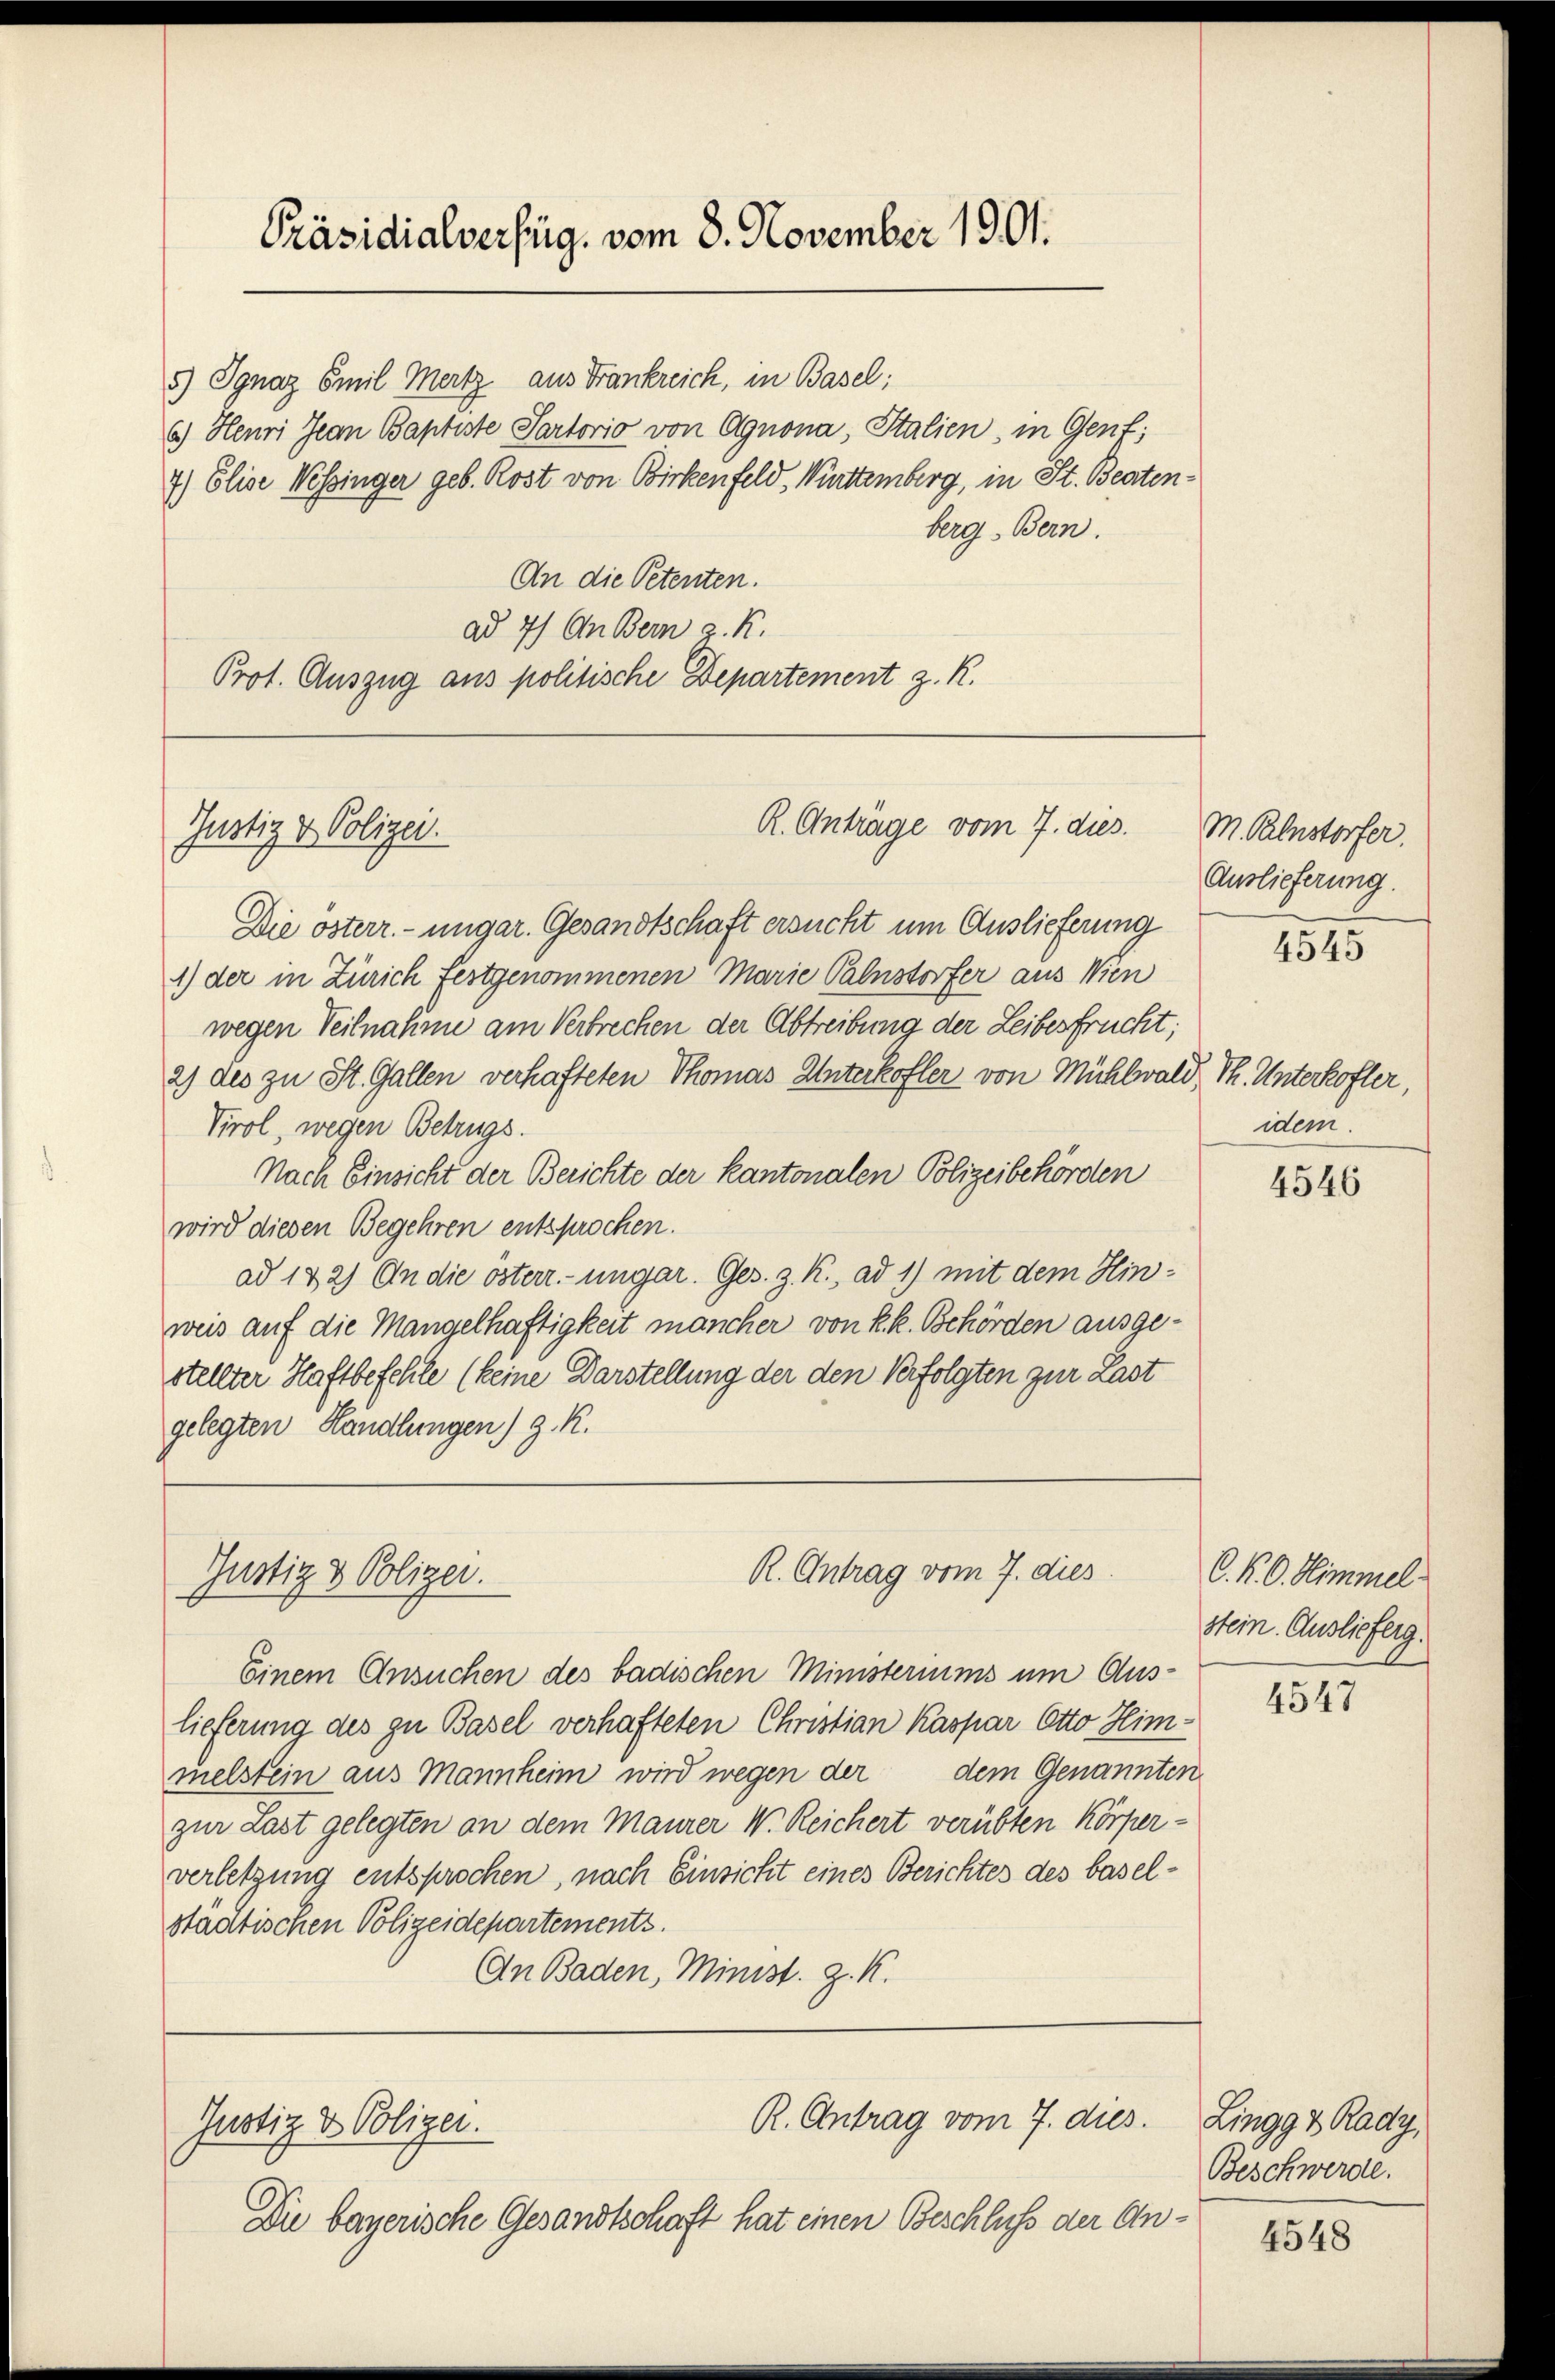
Präsidialverfüg, vom 8. November 1901.

5) Ignaz Emil Mertz aus Frankreich, in Basel;
6.) Heuri Jean Baptiste Partorio von Ognona, Italien, in Genf;
7.) Elise Wessinger geb. Rost von Birkenfeld, Württemberg, in St. Beatenberg, Bern.
An die Petenten.
ad 7) An Bern v. K.
Prot. Auszug aus politische Departement z. R.

Justiz & Polizei.

Gustiz & Polizer.

Die österr.-ungar. Gesandtschaft ersucht um Auslieferung
1) der in Zürich festgenommenen Marie Palnstorfer aus Wien
wegen Teilnahme am Verbrechen der Abtreibung der Leibesfrucht;
2) des zu St. Gallen verhafteten Thomas Unterkofler von Mühlwald, Th. Unterkofler,
Virol, wegen Betrugs.
Nach Einsicht der Berichte der Kantonalen Polizeibehörden
wird diesen Begehren entsprochen.
ad 142) An die österr.-ungar. Ges. z. K. ad 1) mit dem Hinweis auf die Mangelhaftigkeit mancher von k.k. Behörden ausgestellter Haftbefehle (keine Darstellung der den Verfolgten zur Last
gelegten Handlungen) z. R.

R. Antrag vom 7. dies

Einem Ansuchen des badischen Ministeriums um Aus-
lieferung des zu Basel verhafteten Christian Kaspar Otto Himmelstein aus Mannheim wird wegen der dem Genannten
zur Last gelegten an dem Maurer W. Reichert verübten Körperverletzung entsprochen, nach Einsicht eines Berichtes des baselstaatischen Polizeidepartements.
An Baden, Minist. Z. K.

R. Antrag vom 7. dies.
Justiz & Polizei.

Die bayerische Gesandtschaft hat einen Beschluß der An¬

R. Anträge vom 7. dies.

M. Kelnstorfer.
Auslieferung.

1815

idem.

4546

C. P. O. Himmel
stein. Auslieferg.

4547

Lingg & Rady,
Beschwerde.

4548